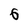
Character: 6